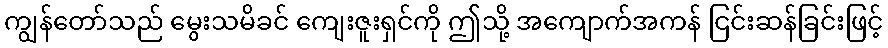
ကျွန်တော်သည် မွေးသမိခင် ကျေးဇူးရှင်ကို ဤသို့ အကျောက်အကန် ငြင်းဆန်ခြင်းဖြင့်